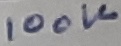
Text: 100K